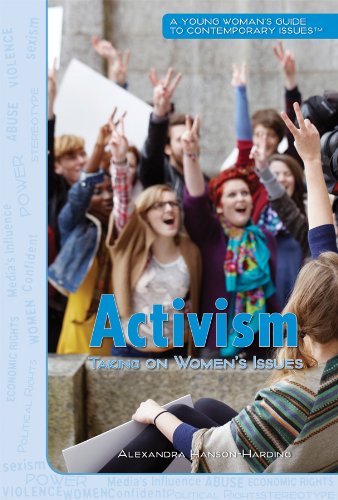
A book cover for Activism: Taking on Women's Issues (A Young Woman's Guide to Contemporary Issues); Alexandra Hanson-Harding; Teen & Young Adult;